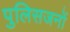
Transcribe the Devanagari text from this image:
पुलिसजनों